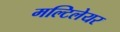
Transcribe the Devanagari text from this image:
मल्टिलेयर